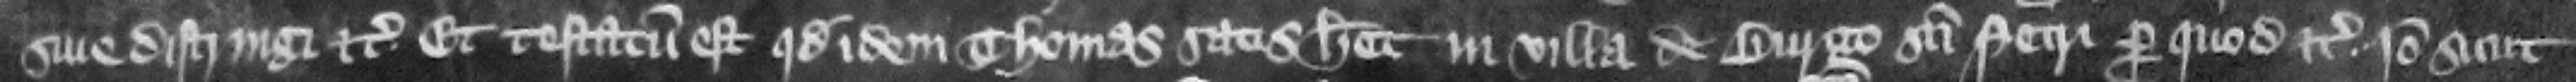
siue distringi etc. Et testatum est quod idem Thomas satis habet in villa de Burgo Sancti Petri per quod etc. Ideo sicut